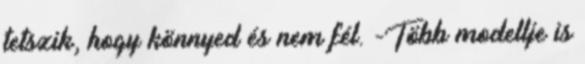
tetszik, hogy könnyed és nem fél. -Több modellje is